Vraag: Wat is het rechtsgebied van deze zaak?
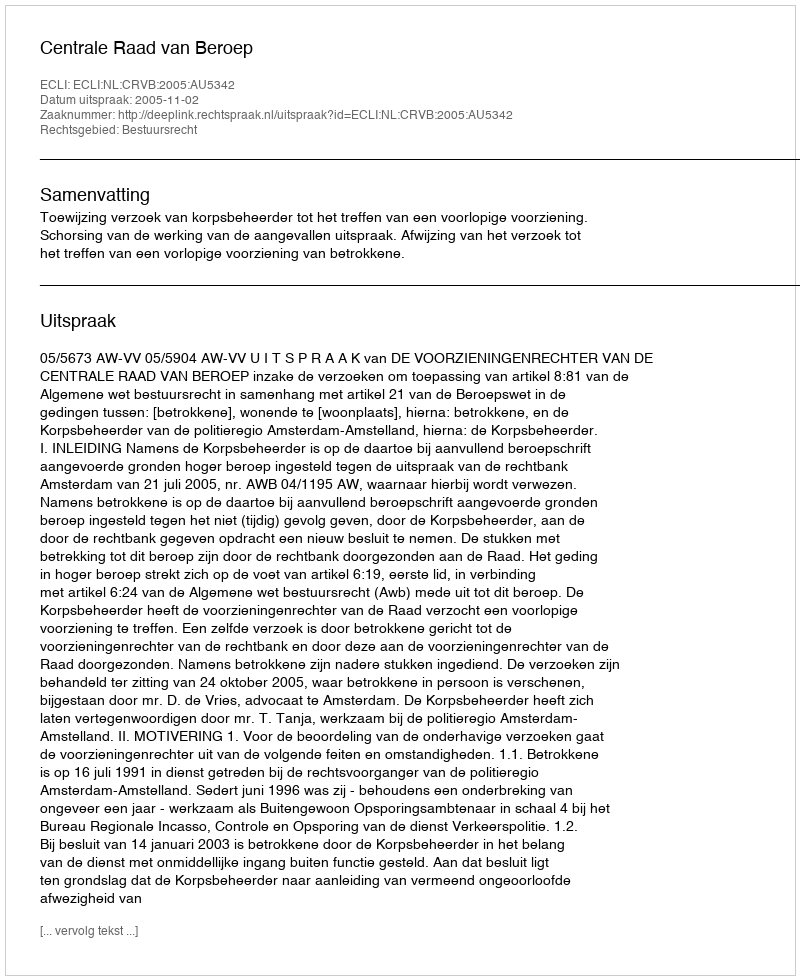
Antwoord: Bestuursrecht